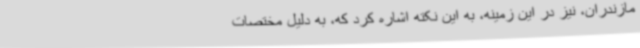
مازندران، نیز در این زمینه، به این نکته اشاره کرد که، به دلیل مختصات